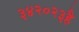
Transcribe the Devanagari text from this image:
३४२०२३है